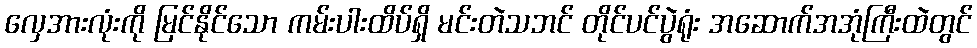
လှေအားလုံးကို မြင်နိုင်သော ကမ်းပါးထိပ်ရှိ မင်းတဲသဘင် တိုင်ပင်ပွဲရုံး အဆောက်အအုံကြီးထဲတွင်